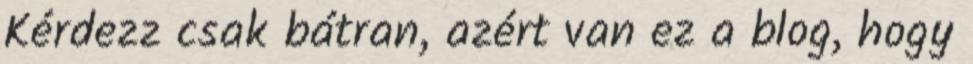
Kérdezz csak bátran, azért van ez a blog, hogy